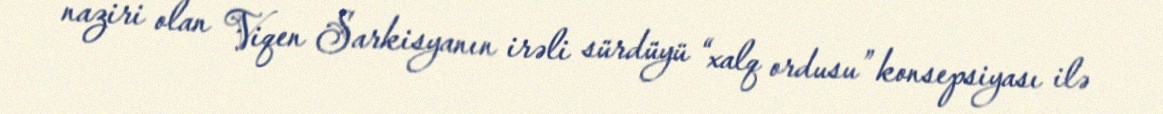
naziri olan Viqen Sarkisyanın irəli sürdüyü “xalq ordusu” konsepsiyası ilə